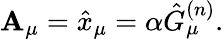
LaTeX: \mathbf{A}_{\mu}=\hat{{x}}_{\mu}=\alpha\hat{{G}}_{\mu}^{(n)}.